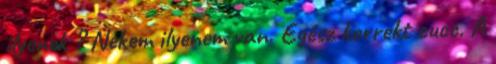
ilyenek ? Nekem ilyenem van. Egész korrekt cucc. A